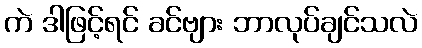
ကဲ ဒါဖြင့်ရင် ခင်ဗျား ဘာလုပ်ချင်သလဲ